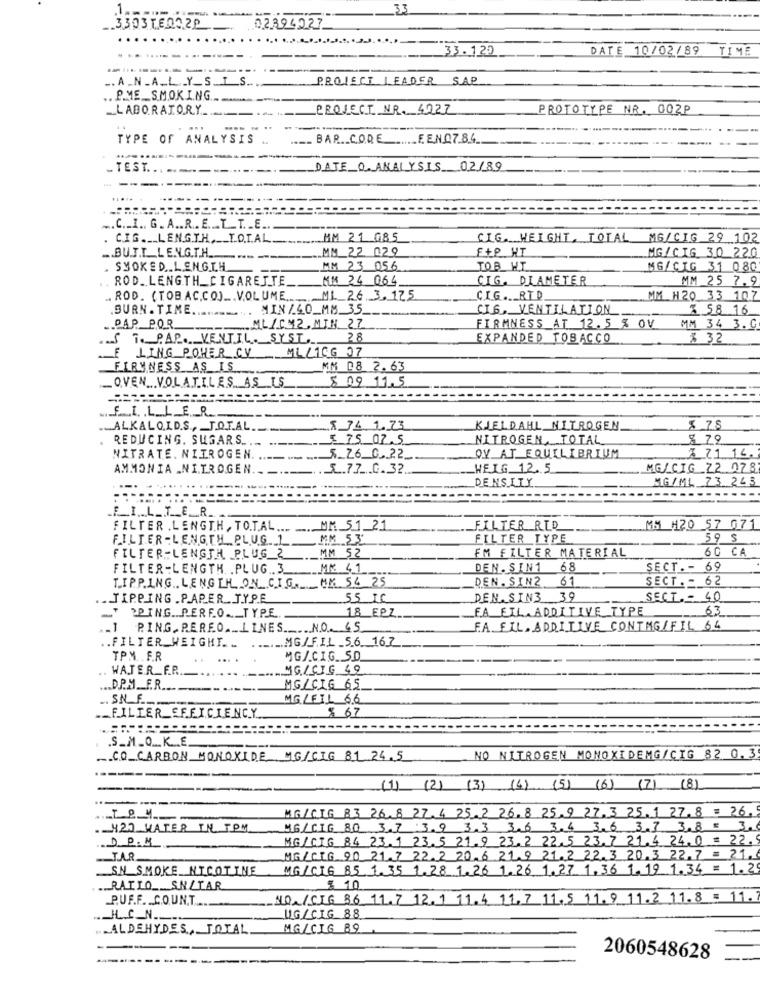
33
-
3303TE002
02394227_
... .,
33.120
DATE 10/02/89 TIME
--
.A.N.A.L .Y_S.T.S.
PROJECT LEADER SAP
. P.ME SMOKING ..
PROJECT NR. 4027
PROTOTYPE NR. 002P
LABORATORY
TYPE OF ANALYSIS ..
.... BAR. CODE ..... FEN07.84
TEST ...------------
DATE_0. ANALYSIS 02/89
------------
--------
.. C .. I. G. A .. R. E. T_T .. E.
.CIG ._ LENGTH, TOTAL ....... MM 21 085
CIG. HEIGHT, TOTAL MG/CIG 29 102
.. BU.J.T_LE.N.G.T.H.
MM 22. 029
F+P HT
MG/CIG 30 220
-----
. SMOKED .. LENGTH
MM 23 056
TOB HT
MG/CIG 31 080
ROD. LENGTH_CIGARETTE.
MM 24 064
CIG. DIAMETER
MM 25 7.9
. ROD. (TOBACCO) ... VOLUME ...... MI_26.3. 175
CIG .__ RTD
MM H20 33 107
.BURN. TIME ...... m'
MIN /40_MM_35_
CIG, VENTILATION
3 58 16
.. PAP POR.
.... ML/CM2,MIN 27
FIRMNESS_AT 12.5 % OV
MM 34 3. C.
S T. PAP. VENTIL. SYST.
28
EXPANDED TOBACCO
$ 32
F LING POHER CV ML/1CG 07
FIRYNESS AS IS
MM 08 2. 63
5 09 11.5
_OVEN .VOLATILES AS IS.
... f. I. L_L_E_R ..
.. ALKALOID.S ., J.O.T.AL ..
8 74.1. 73
KJELDAHL NITROGEN
8.78
REDUCING. SUGARS.
5 75 07.5
NITROGEN, TOTAL
$ 79
NITRATE. NITROGEN.
... 5_Z6_0. 22.
OV AT EQUILIBRIUM
3 71 14.
AMMONIA .NITROGEN .__.-
... L.77 .0.32
WEIG 12. 5
MG/CIG 72 078
DENSITY
MG/ML_73 243
FILTER.
FILTER . LENGTH, TOTAL ... .... MM. 5.1_21
FILTER RTD
MM H20 57 071
FILTER -LENGTH PLUG.1
MM 53
FILTER TYPE
59 5
MM 52
FM FILTER MATERIAL
60 CA
FILTER-LENGTH PLUG 2
FILTER-LENGTH. . PLUG .. 3
MM. 4.1 ___
DEN. SIN1 68
SECT .- 69
DEN.SIN2 61
SECT .= 62
TIPPING .. LENGTH ON CI.G. MK 54 25
... TIPPING . PAPER TYPE
55 IC
DEN.SIN3 39
SECT. - 40
18 EPZ
FA EIL. ADDITIVE TYPE
63
-
PPING .. PERFO __ TYPE.
.1 PING,PEREO. LINES NO. 65
F.A. FIL. ADDITIVE CONTMG/FIL 64
.. MG/F.IL _5.6. 16.7
.. FILTER WEIGHT. ..
---.
TPM. . F.R
MG/.C.I.G. S.D.
.. WATER_F.R ..
MG/CIG 49
... D.P.M __ F.R ........
MG/CIG 65
.. SN_F ____
MG/FIL 6.6
_FILIER EFFICIENCY
8 67
.S_M_O.K. E.
CO CARBON MONOXIDE MG/CIG 81 24.5
NO NITROGEN MONOXIDEMG/CIG 82 0.3
-------
(1) (2) (3) (4) (5) (6) (7) (8)
------
MG/CIG 83 26.8 27.4 25 2 26. 8 25.9 27.3 25.1 27.8 = 26.5
. 420 WATER IN. TOM
MG CIG 80 3.7 3.9 3.3 3.6 3.4 3.6 3.7 3.8 = 3.
D. P. M_
MG/CIG 84 23.1 23.5 21.9 23.2 22.5 23.7 21.4 24.0 = 22.
MG/CIG 90 21.7 22.2 20.6 .21.9 21.2 22.3 20.3 22.7 = 21.6
SN SMOKE_NICOTINE
MG/CIG 85 1. 35 1. 28 1. 26 1.26 1. 27 1. 36 1. 19 1. 34 = 1.25
.. RAILO __ SN/TAR
% 10
P.UF.F. C.O.UN.T .....
NO./CIG 86 11.7 12.1 11.4 11.7 11.5 11.9 11.2 11.8 : 11.7
.IL.C_N ___.
UG/CIG 88
. ALDEHYDES, TOTAL
MG/CIG 89
2060548628